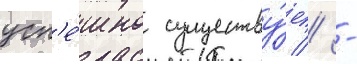
усп'е́шно существу́ет // -